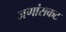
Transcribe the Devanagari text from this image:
जणांसकट